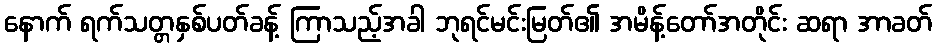
နောက် ရက်သတ္တနှစ်ပတ်ခန့် ကြာသည့်အခါ ဘုရင်မင်းမြတ်၏ အမိန့်တော်အတိုင်း ဆရာ အာခတ်